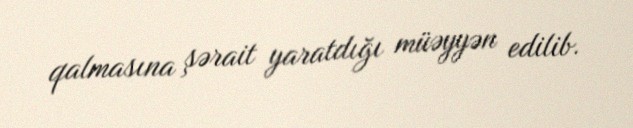
qalmasına şərait yaratdığı müəyyən edilib.